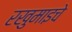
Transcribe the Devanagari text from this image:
रखुमाइचे